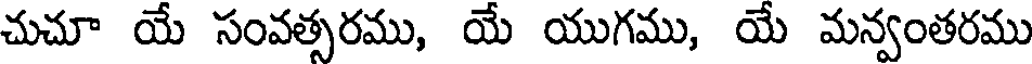
చుచూ యే సంవత్సరము, యే యుగము, యే మన్వంతరము